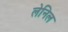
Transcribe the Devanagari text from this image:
लेनिल